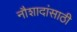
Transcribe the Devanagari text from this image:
नौशादांसाठी